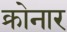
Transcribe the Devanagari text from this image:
क्रोनार